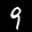
Label: 9